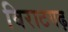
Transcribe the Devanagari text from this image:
विराटगढ़